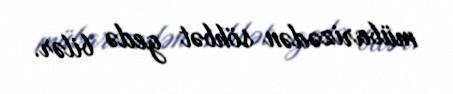
mübarizədən söhbət gedə bilər.